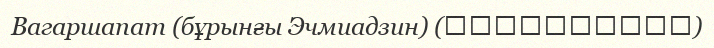
Вагаршапат (бұрынғы Эчмиадзин) (Վաղարշապատ)